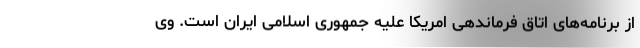
از برنامه‌های اتاق فرماندهی امریکا علیه جمهوری اسلامی ایران است. وی